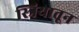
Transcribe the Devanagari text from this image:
स्त्रियातून